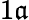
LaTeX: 1\mathfrak{a}